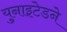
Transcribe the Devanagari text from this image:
युनाइटेडने